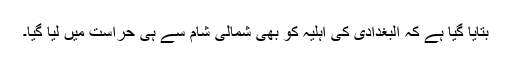
بتایا گیا ہے کہ البغدادی کی اہلیہ کو بھی شمالی شام سے ہی حراست میں لیا گیا۔